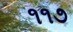
૧૧૭